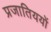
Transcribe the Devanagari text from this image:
प्रजातिययों